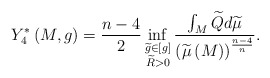
\begin{align*}Y_{4}^{\ast }\left( M,g\right) =\frac{n-4}{2}\inf_{\substack{ \widetilde{g}\in \left[ g\right] \\ \widetilde{R}>0}}\frac{\int_{M}\widetilde{Q}d\widetilde{\mu }}{\left( \widetilde{\mu }\left( M\right) \right) ^{\frac{n-4}{n}}}. \end{align*}